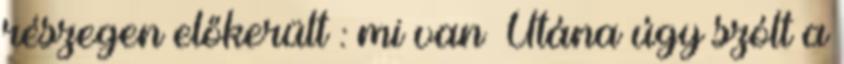
részegen előkerült : mi van Utána úgy szólt a